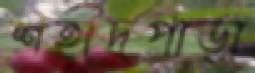
শহীদপাড়া